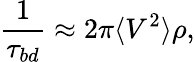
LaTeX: \frac{1}{\tau_{bd}}\approx 2\pi\langle V^{2}\rangle\rho,